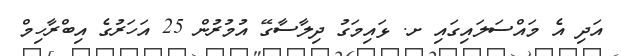
އަދި އެ މައްސަލައިގައި ށ. ޅައިމަގު ދިލާސާގޭ އުމުރުން 25 އަހަރުގެ އިބްރާހިމް